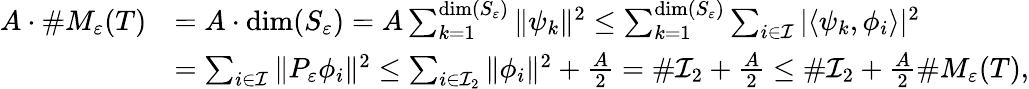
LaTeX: \begin{array}{rl}{A\cdot\# M_{\varepsilon}(T)}&{=A\cdot\mathrm{dim}(S_{\varepsilon})=A\sum_{k=1}^{\mathrm{dim}(S_{\varepsilon})}\| \psi_{k}\| ^{2}\leq\sum_{k=1}^{\mathrm{dim}(S_{\varepsilon})}\sum_{i\in\mathcal{I}}|\langle\psi_{k},\phi_{i}\rangle|^{2}}\\ &{=\sum_{i\in\mathcal{I}}\| P_{\varepsilon}\phi_{i}\| ^{2}\leq\sum_{i\in\mathcal{I}_{2}}\| \phi_{i}\| ^{2}+\frac{A}{2}=\# \mathcal{I}_{2}+\frac{A}{2}\le\# \mathcal{I}_{2}+\frac{A}{2}\# M_{\varepsilon}(T),}\end{array}